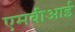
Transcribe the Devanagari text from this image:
एमवीआई